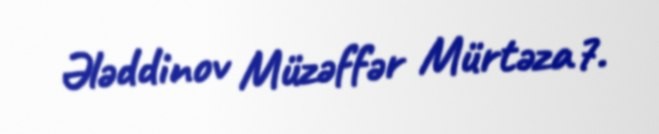
Ələddinov Müzəffər Mürtəza7.